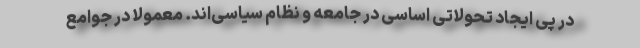
در پی ایجاد تحولاتی اساسی در جامعه و نظام سیاسی‌اند. معمولا در جوامع